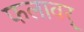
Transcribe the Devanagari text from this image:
फलावर्